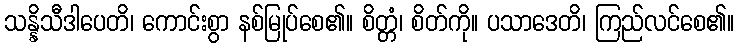
သန္နိသီဒါပေတိ၊ ကောင်းစွာ နစ်မြုပ်စေ၏။ စိတ္တံ၊ စိတ်ကို။ ပသာဒေတိ၊ ကြည်လင်စေ၏။